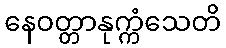
နေဝတ္တာနုက္ကံသေတိ